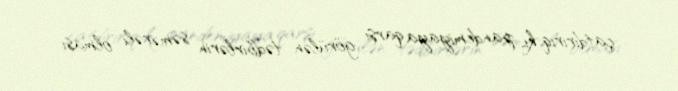
çatdırırıq ki, pandemiyaya qarşı görülən tədbirlərin səmərəli olması